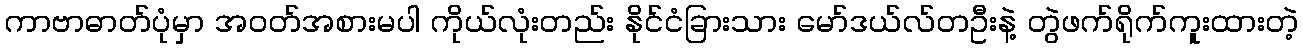
ကာဗာဓာတ်ပုံမှာ အဝတ်အစားမပါ ကိုယ်လုံးတည်း နိုင်ငံခြားသား မော်ဒယ်လ်တဦးနဲ့ တွဲဖက်ရိုက်ကူးထားတဲ့